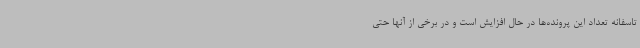
تاسفانه تعداد این پرونده‌ها در حال افزایش است و در برخی از آنها حتی